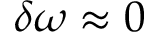
\delta \omega \approx 0